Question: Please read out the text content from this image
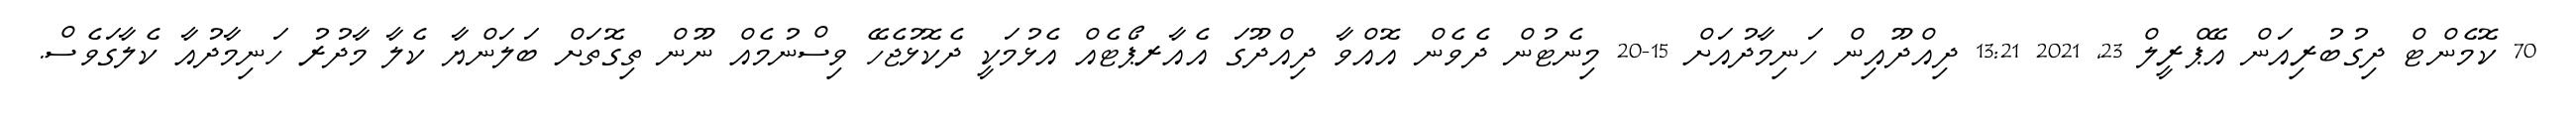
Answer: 70 ކޮމެންޓް ދިގުބުރިއަން އޭޕްރީލް 23, 2021 13:21 ދިއްދޫއިން ހަނިމާދުއަށް 15-20 މިނެޓުން ދެވެން އޮއްވާ ދިއްދޫގަ އެއާރޕޯޓެއް އެޅުމަކީ ދެކޮޅުޖެހޭ ވިސްނުމެއް ނޫން ތިގޮތަށް ބަލަންޔާ ކެލާ މާދުރު ހަނިމާދުއާ ކެލާގަވެސް.